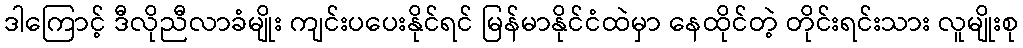
ဒါကြောင့် ဒီလိုညီလာခံမျိုး ကျင်းပပေးနိုင်ရင် မြန်မာနိုင်ငံထဲမှာ နေထိုင်တဲ့ တိုင်းရင်းသား လူမျိုးစု